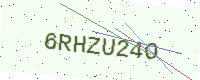
Text: 6RHZU24O